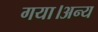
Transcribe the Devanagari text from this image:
गया।अन्य